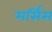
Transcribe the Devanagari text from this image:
मर्सिस